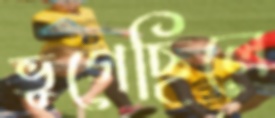
ভুগেছিলে